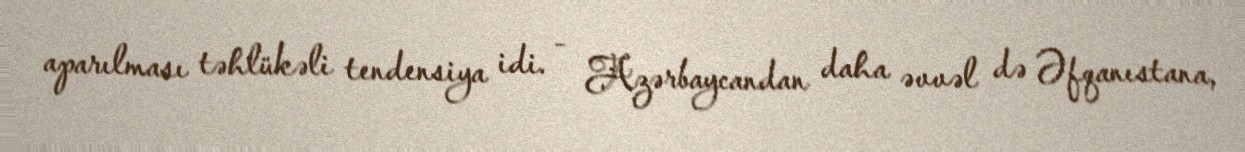
aparılması təhlükəli tendensiya idi. - Azərbaycandan daha əvvəl də Əfqanıstana,